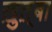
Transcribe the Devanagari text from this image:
ख़ुत़्बा